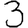
Digit: 3